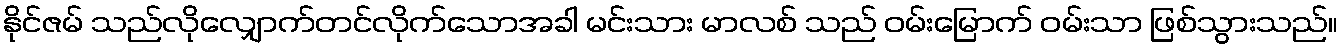
နိုင်ဇမ် သည်လိုလျှောက်တင်လိုက်သောအခါ မင်းသား မာလစ် သည် ဝမ်းမြောက် ဝမ်းသာ ဖြစ်သွားသည်။